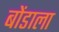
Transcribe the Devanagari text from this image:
बोंडाला